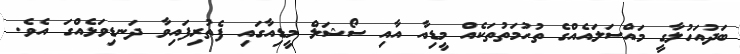
ބަދުއަހުލާގީ މައްސަލައެއްގެ ތުހުމަތުތަކެއް މީޑިއާ އާއި ސޯޝަލް މީޑިއާގައި ފެތުރިފައިވާ ދަނޑިވަޅެއްގަ އެވެ.